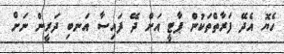
ހެޔޮ އެދޭ ފަރާތްތަކުން ޕާޓީ އަށް ދޭ ފައިސާ އަނބި ދަރީން ނަށް